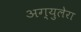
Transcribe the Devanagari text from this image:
अग्युलेरा